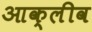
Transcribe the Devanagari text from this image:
आक्लीव